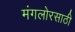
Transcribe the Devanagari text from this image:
मंगलोरसाठी